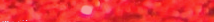
متجر ملابس نسائية: أحدث ص